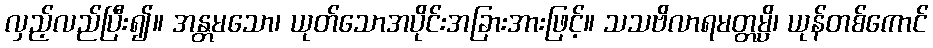
လှည့်လည်ပြီး၍။ အန္တမသော၊ ယုတ်သောအပိုင်းအခြားအားဖြင့်။ သသဗိလာရမတ္တမ္ပိ၊ ယုန်တစ်ကောင်